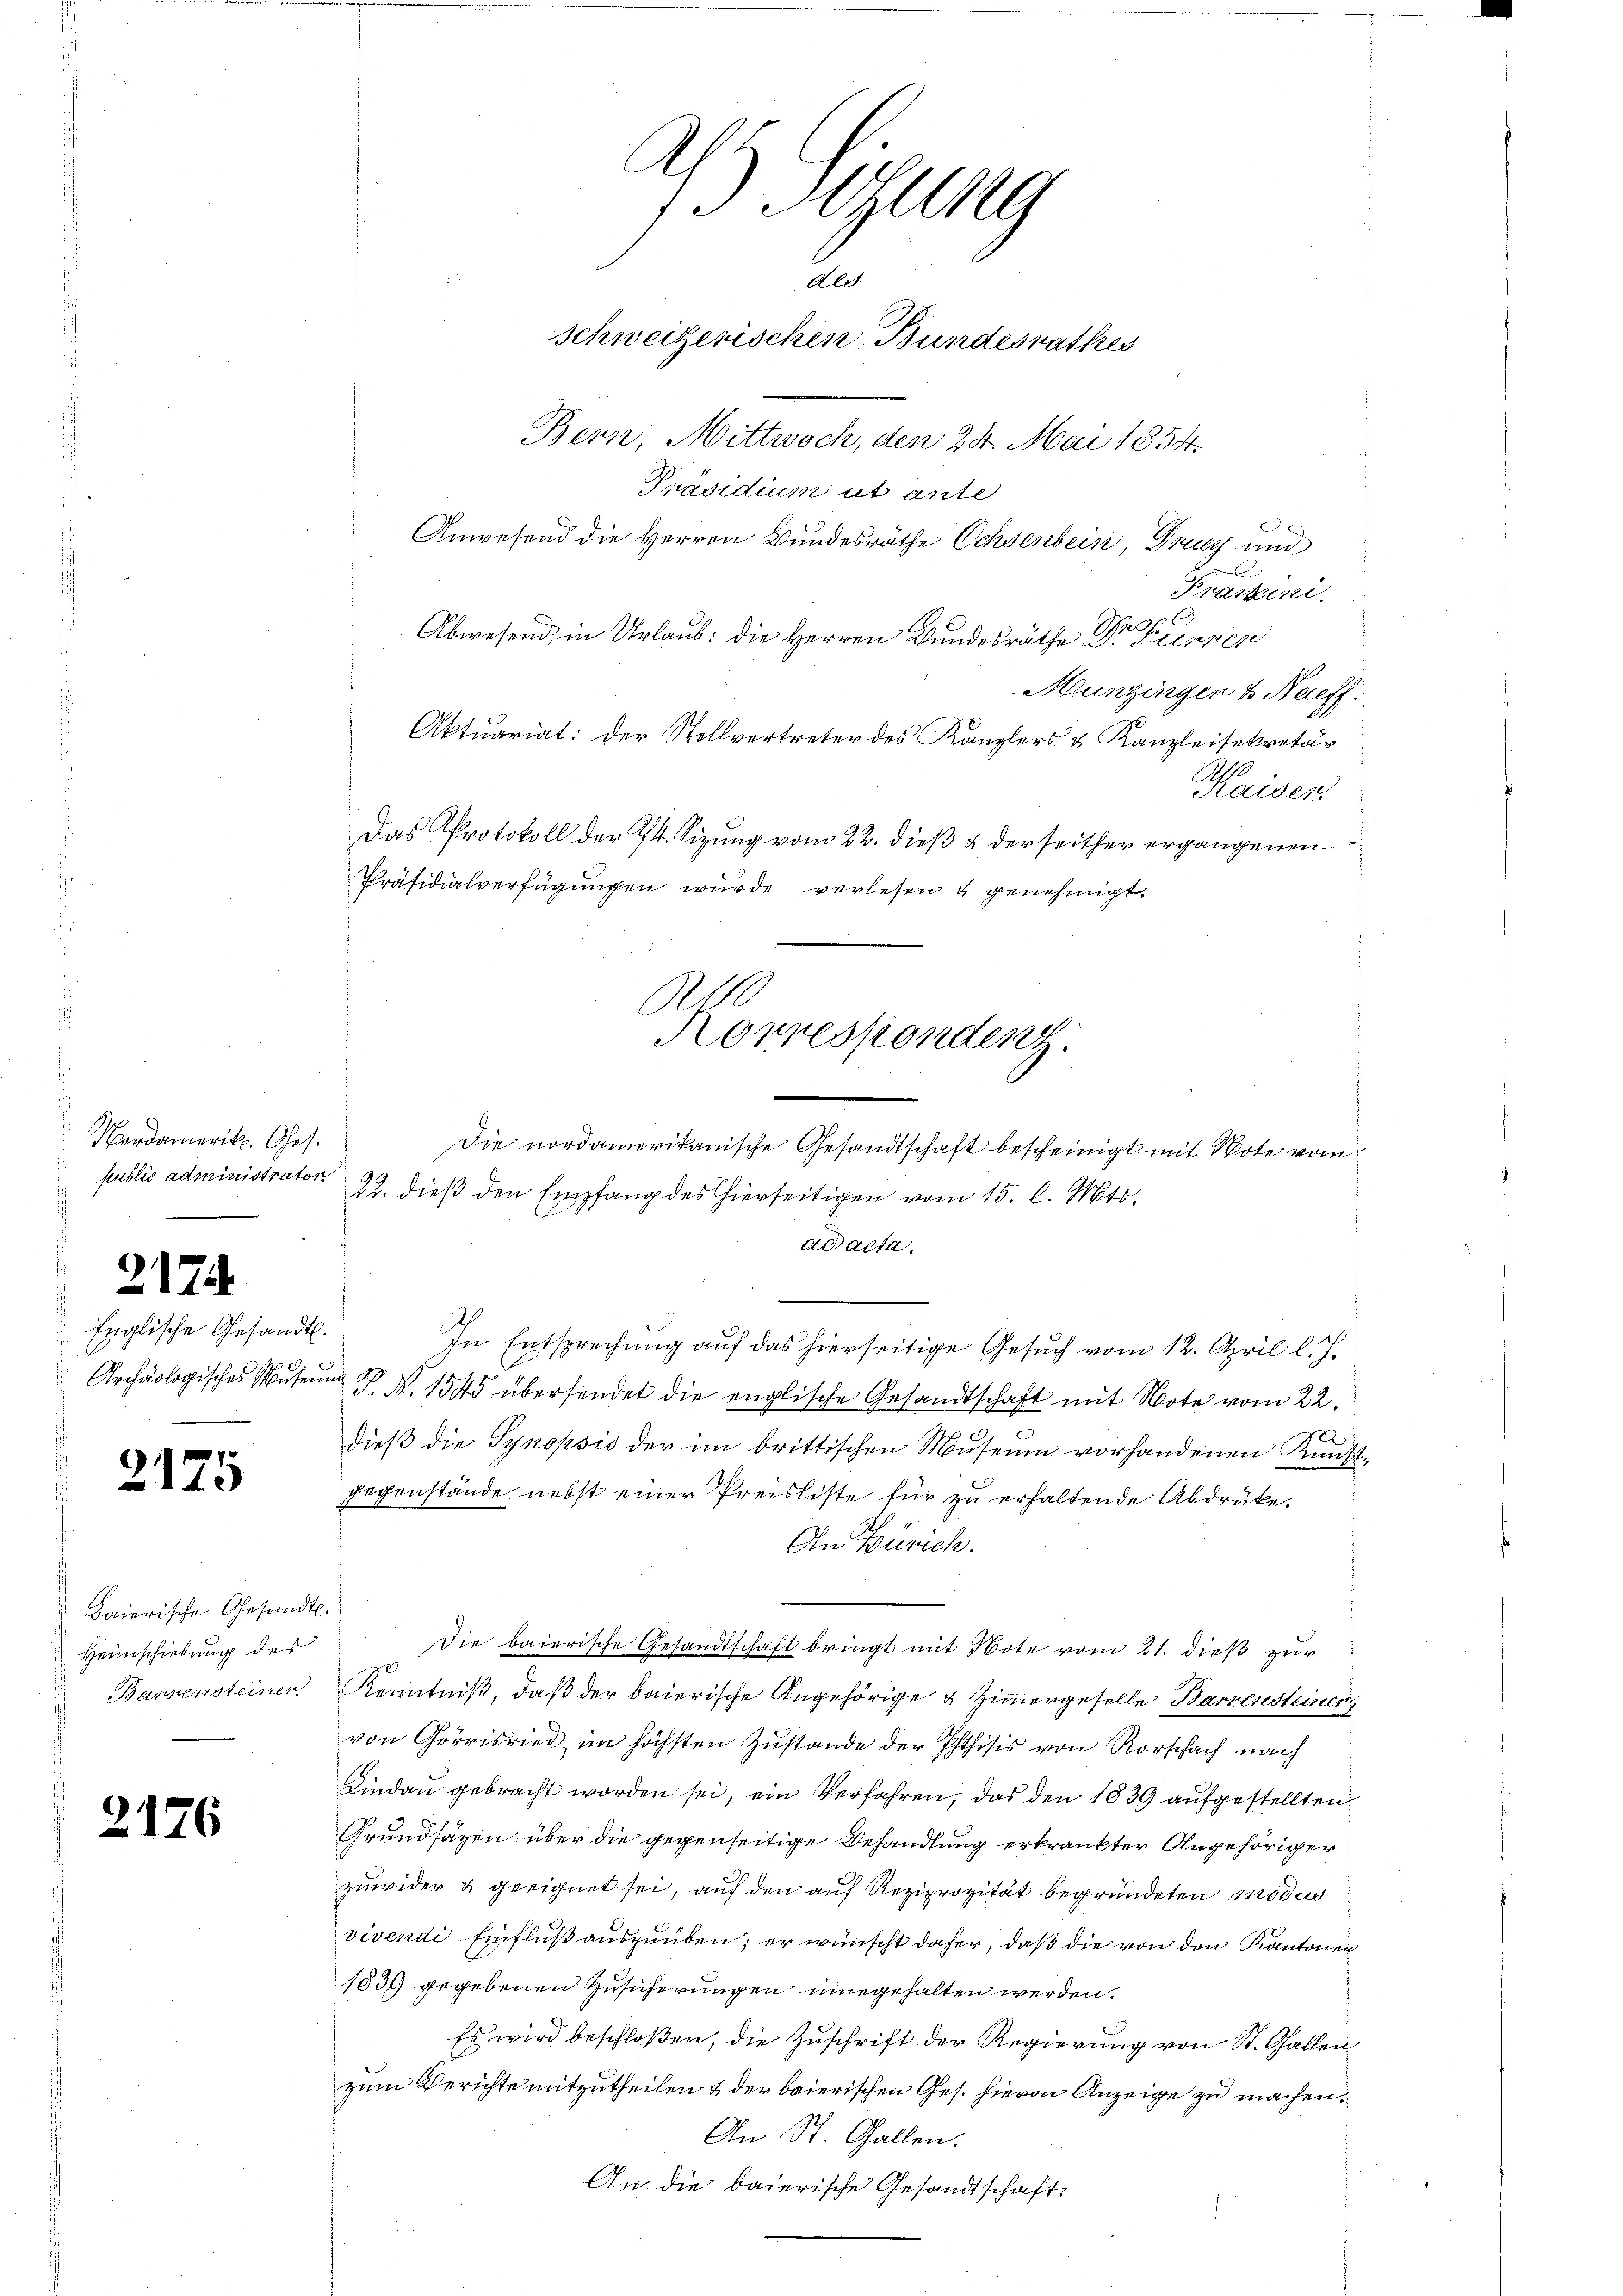
Nordamerik. Ges.
public administrator

217.

Englische Gesandt.
85.

2125

g
 Baierische Gesandt.
Heimschiebung des

2176

Konzessiondenz.
Die nordamerikanische Gesandtschaft bescheinigt mit Note vom
22. dieß den Empfang des hierseitigen vom 15. l. Mts.

3 Sitzung
Ald
Schweizerischen Bundesrathes
Bern, Mittwoch, den 24. Mai 1854.
Präsidium ut ante
Anwesend die Herren Bundesräthe Ochsenbein, Druky und

Prassini.
Abwesend, in Urlaub: die Herren Bundesräthe Dr Feinpen
Munzingen & Naeff.
Aktuariat: der Stellvertreter des Kanzlers & Kanzleisekretär
Kaisen
Das Protokoll der 24. Sizung vom 22. dieß & der seither ergangenen
Präsidialverfügungen wurde verlesen & genehmigt.

ad acta.
In Entsprechung auf das hierseitige Gesuch vom 12. April l. J.
Archäologisches Museum P. Nr. 1545 übersendet die englische Gesandtschaft mit Note vom 22.
dieß die Synopsis der im brittischen Museum vorhandenen Kunstgegenstände nebst einer Preisliste für zŭ erhaltende Abdrüke.
An Zürich.
Die baierische Gesandtschaft bringt mit Note vom 21. dieß zur
Bannensteiner Kenntniß, daß der baierische Angehörige & Zimmergeselle Barrensteinen
von Görisried, im höchsten Zustande der Phtisis von Rorschach nach
Lindau gebracht worden sei, ein Verfahren, das den 1839 aufgestellten
Grundsäzen über die gegenseitige Behandlung erkrankter Angehöriger
zuwider & geeignet sei, auf den auf Reziprozität begründeten modi
vivendi Einfluß auszuüben; er wünscht daher, daß die von den Kantonen
1839 gegebenen Zusicherungen eine gehalten werden.
Es wird beschloßen, die Zuschrift der Regierung von St. Gallen
zum Berichte mitzutheilen & der baierischen Ges. hievon Anzeige zu machen.
An St. Gallen.
An die baierische Gesandtschaft